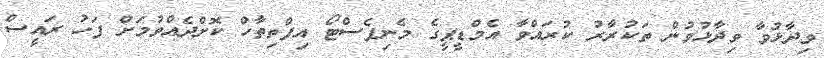
ވިދާޅުވާ ވިދާޅުވުން ތަކުރާރު ކުރައްވާ އެމްޑީޕީގެ މެނިފެސްޓޯ އިފްތިތާހް ކޮށްދެއްވުމަށް ފަހު ރައީސް